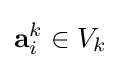
\mathbf {a} _{i}^{k}\in V_{k}